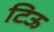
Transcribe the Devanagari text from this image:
टिऊ